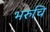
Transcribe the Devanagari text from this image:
भरुचि